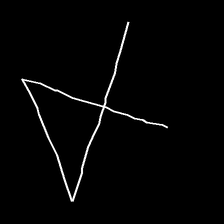
Glyph: collection